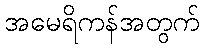
အမေရိကန်အတွက်